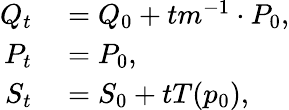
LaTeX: \begin{array}{rl}{Q_{t}}&{{}=Q_{0}+tm^{-1}\cdot P_{0},}\\ {P_{t}}&{{}=P_{0},}\\ {S_{t}}&{{}=S_{0}+tT(p_{0}),}\end{array}